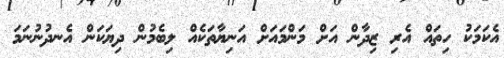
އެކަމަކު ހިތައް އެރި ޒިދާން އަށް މަންމައަށް އަނިޔާތަކެއް ލިބެމުން ދިޔަކަން އެނދުނުނަމަ